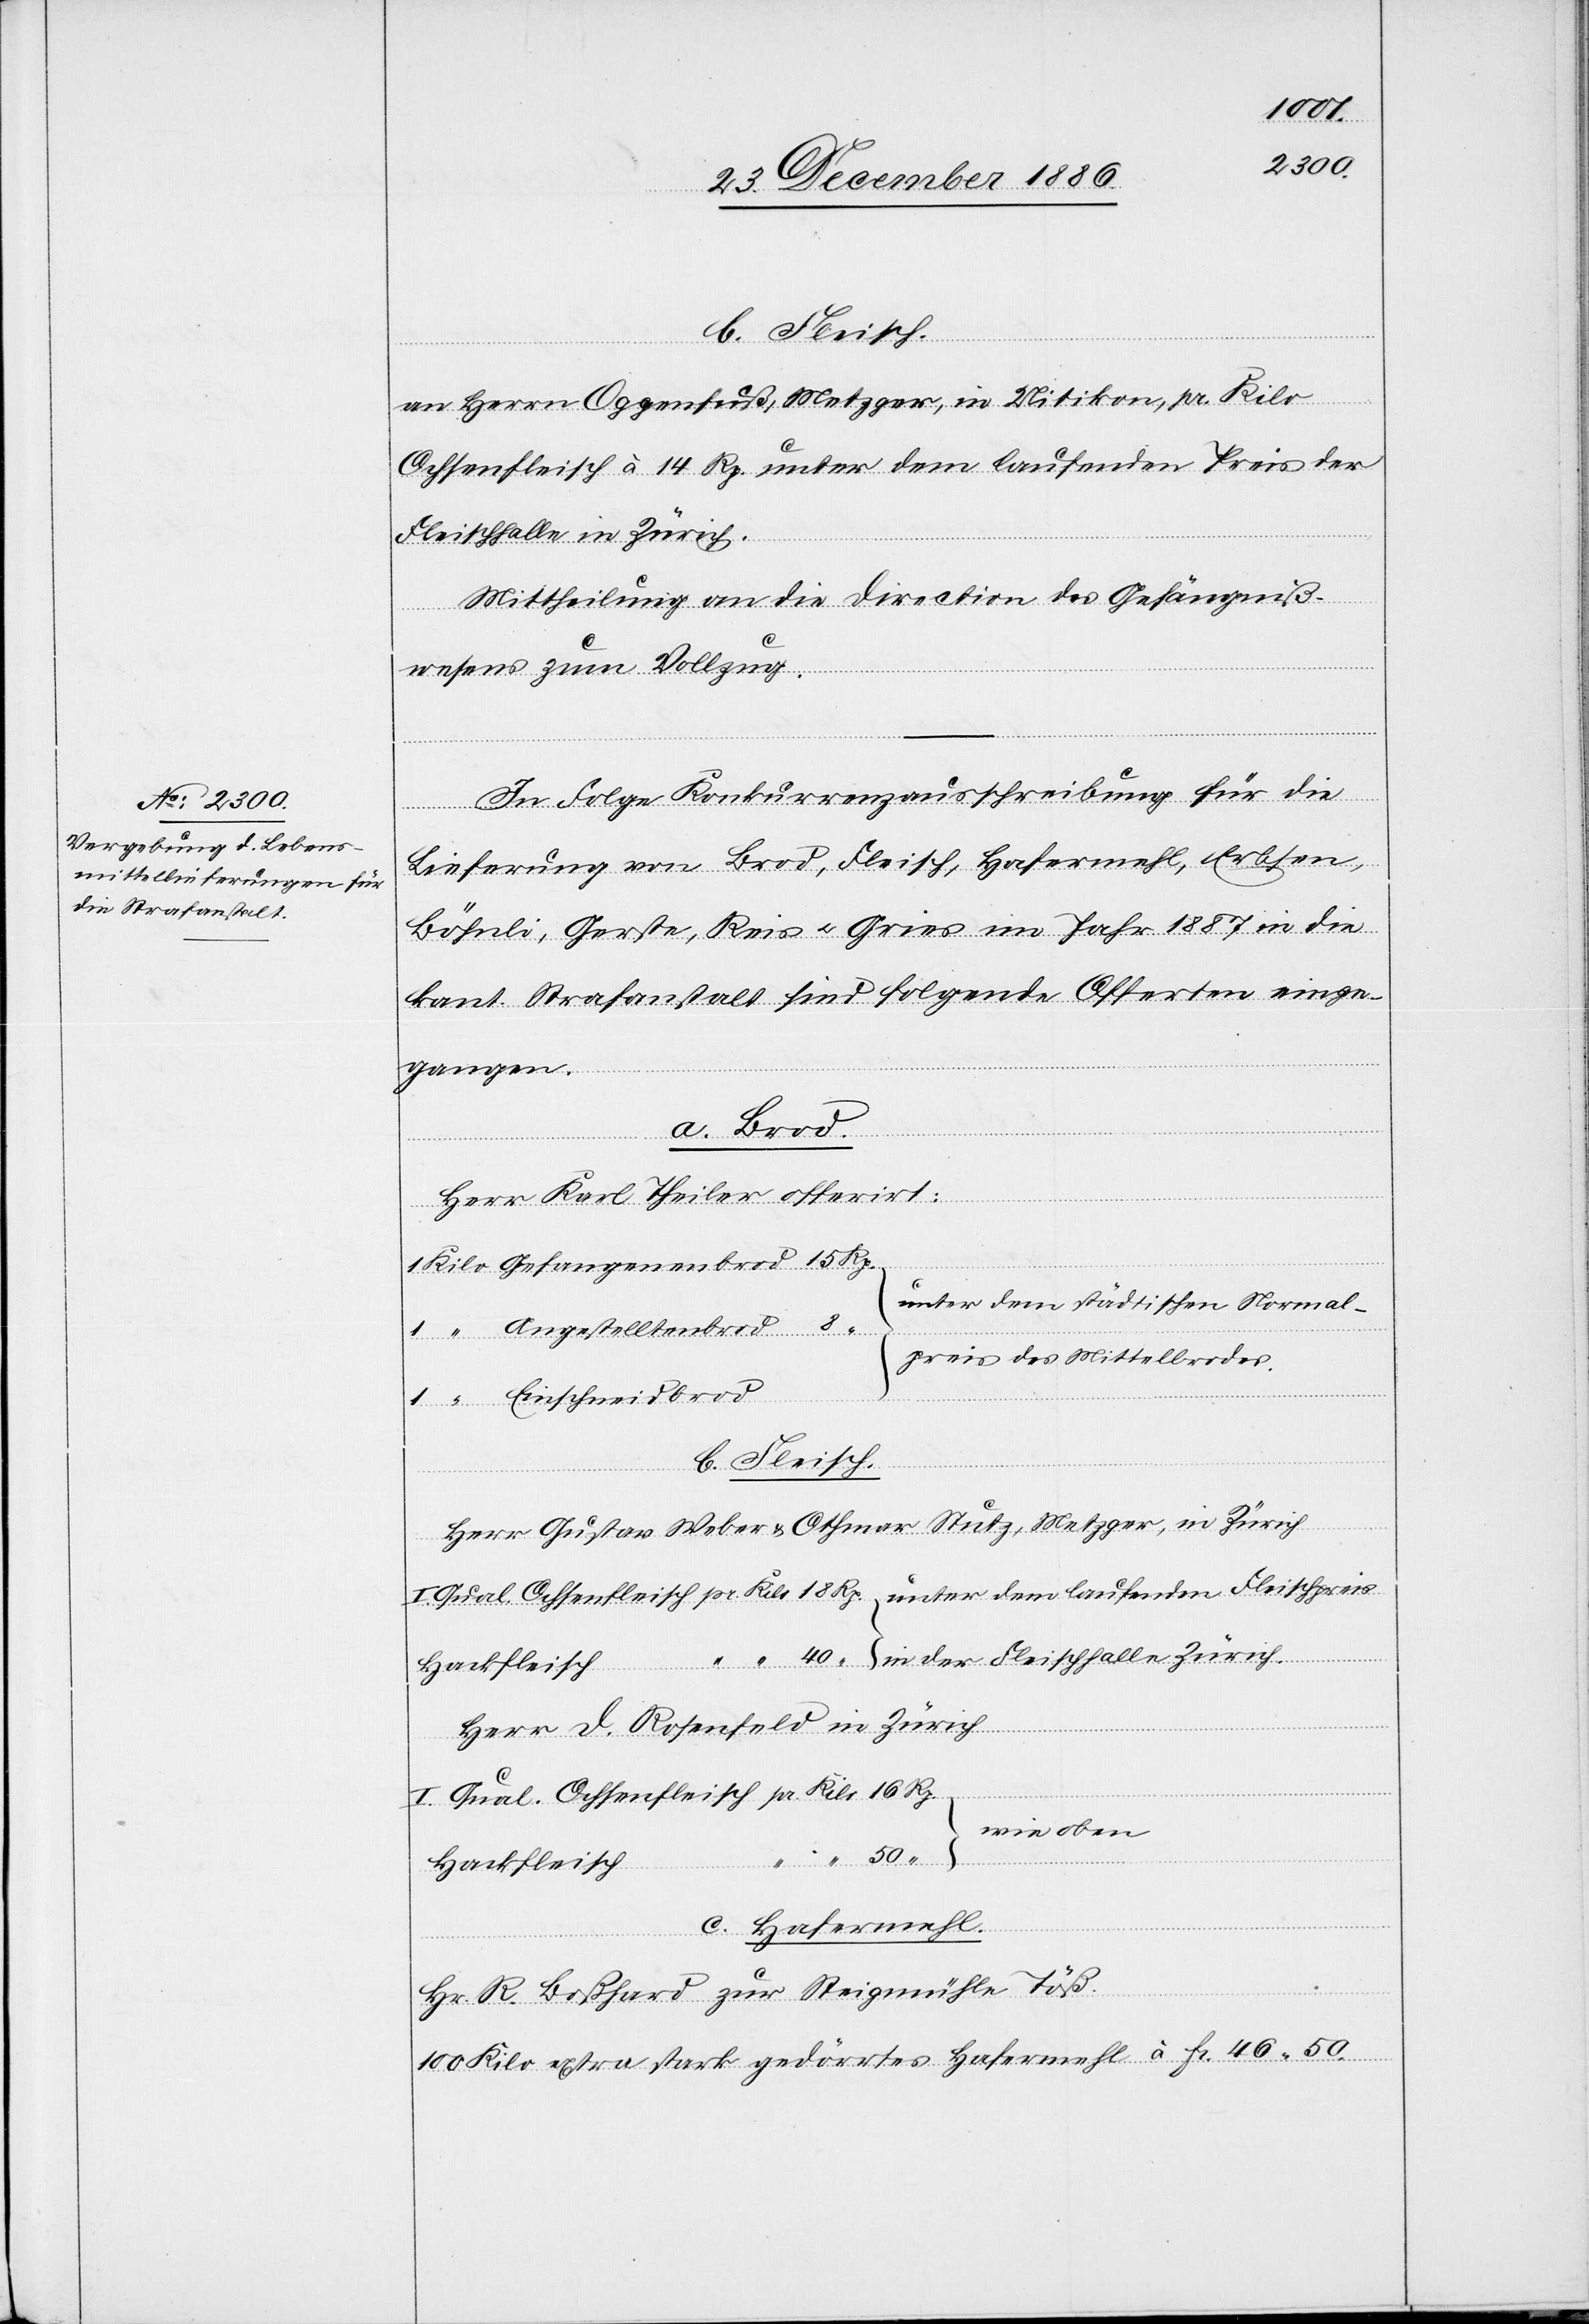
an Herrn Oggenfuß, Metzger, in Uitikon, pr. Kilo
Ochsenfleisch à 14 Rp. unter dem laufenden Preis der
Fleischhalle Zürich.
Mittheilung an die Direction des Gefängniß¬
50.
wesens zum Vollzug.
In Folge Konkurrenzausschreibung für die
Lieferung von Brod, Fleisch, Hafermehl, Erbsen,
Böhnli, Gerste, Reis & Gries im Jahr 1887 in die
kant. Strafanstalt sind folgende Offerten einge¬
gangen.
a. Brod.
Herr Karl Theiler offerirt:
unter dem städtischen Normal¬
50
preis des Mittelbrodes.
Einschneidbrod
b. Fleisch.
Herr Gustav Weber & Othmar Stutz, Metzger, in Zürich.
Hackfleisch
Herr D. Rosenfeld in Zürich
“
“
wie oben
Fr.
c. Hafermehl.
Ochsenfleisch
Hr. R. Boßhard zur Steigmühle Töß.
Qual.
100 Kilo extra stark gedörrtes Hafermehl à